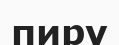
пиру